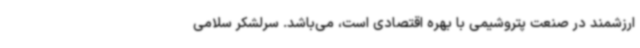
ارزشمند در صنعت پتروشیمی با بهره اقتصادی است، می‌باشد. سرلشکر سلامی